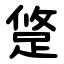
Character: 跾